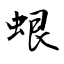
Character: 蛝